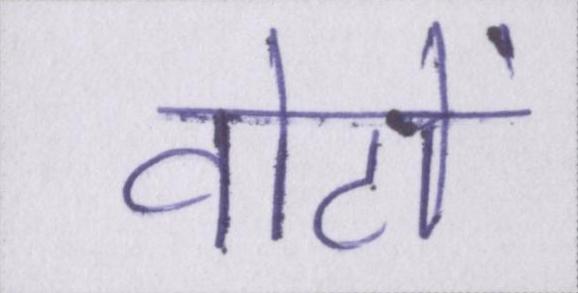
वोटों